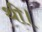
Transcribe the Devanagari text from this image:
थी।